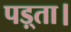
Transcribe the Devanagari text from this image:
पड़्ता।